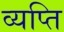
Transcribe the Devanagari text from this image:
व्यप्ति